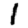
Digit: 1